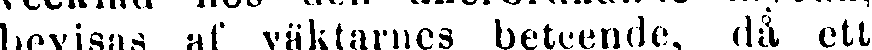
bevisas af väktarnes beteende, då ett